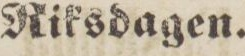
Riksdagen.